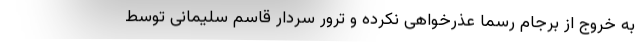
به خروج از برجام رسما عذرخواهی نکرده و ترور سردار قاسم سلیمانی توسط